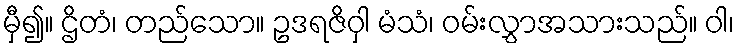
မှီ၍။ ဌိတံ၊ တည်သော။ ဥဒရဇိဝှါ မံသံ၊ ဝမ်းလွှာအသားသည်။ ဝါ၊